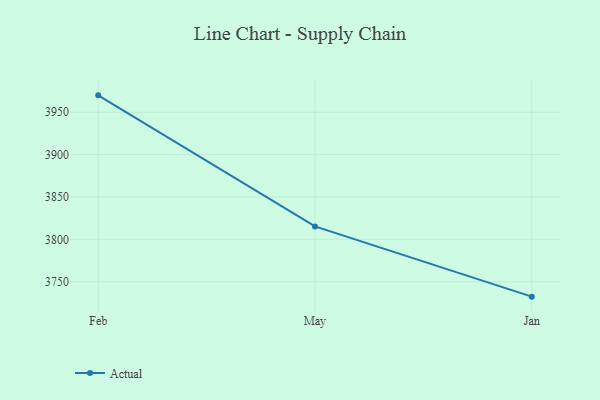
{"axis": {"x": "Month", "y": "Tickets Resolved"}, "legend": ["Actual"], "data": [{"x": "Feb", "y": 3970.0, "type": "Actual"}, {"x": "May", "y": 3815.2, "type": "Actual"}, {"x": "Jan", "y": 3732.3, "type": "Actual"}]}